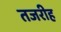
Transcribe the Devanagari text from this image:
तजरीह